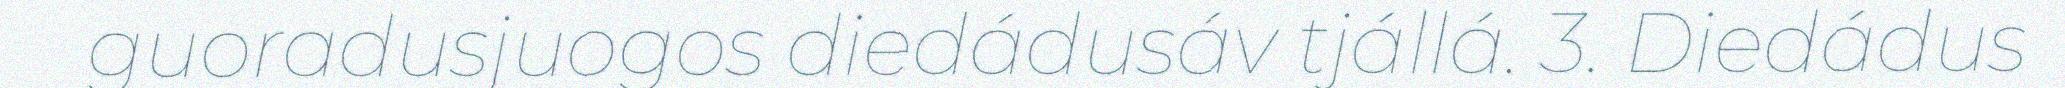
guoradusjuogos diedádusáv tjállá. 3. Diedádus